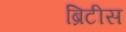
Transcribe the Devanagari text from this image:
ब्रिटीस